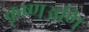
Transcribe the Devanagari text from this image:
कृष्णअणि